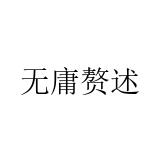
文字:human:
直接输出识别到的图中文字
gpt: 无庸赘述